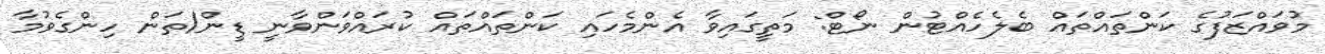
މުވައްޒަފުގެ ކަންތައްތައް ބެލެހެއްޓުން ނޯޓް: މަތީގައިވާ އެންމެހައި ކަންތައްތައް ކުރައްވަންވާނީ ޑީން/ތަން ހިންގެވުމާ